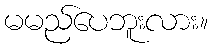
မမည်ပေဘူးလား။